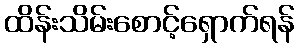
ထိန်းသိမ်းစောင့်ရှောက်ရန်